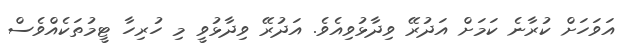
އަވަހަށް ކުރާނެ ކަމަށް އަދުރޭ ވިދާޅުވިއެވެ. އަދުރޭ ވިދާޅުވީ މި ހުރިހާ ޓީމުތަކެއްވެސް